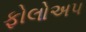
ફોલોઅપ